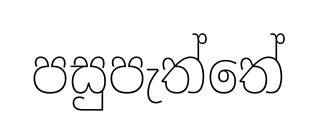
පසුපැත්තේ